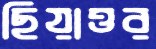
ছিয়াত্তর